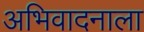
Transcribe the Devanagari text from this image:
अभिवादनाला